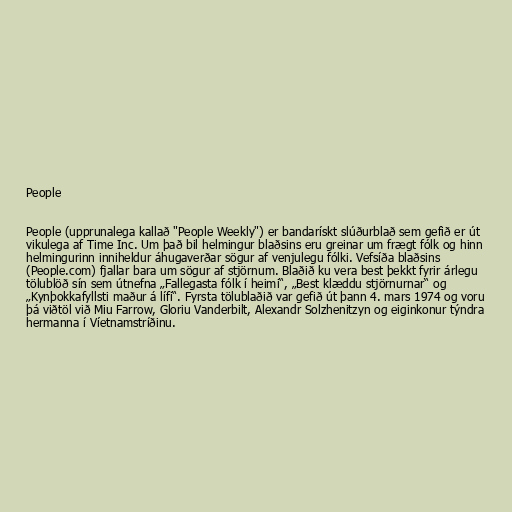
People

People (upprunalega kallað "People Weekly") er bandarískt slúðurblað sem gefið er út
vikulega af Time Inc. Um það bil helmingur blaðsins eru greinar um frægt fólk og hinn
helmingurinn inniheldur áhugaverðar sögur af venjulegu fólki. Vefsíða blaðsins
(People.com) fjallar bara um sögur af stjörnum. Blaðið ku vera best þekkt fyrir árlegu
tölublöð sín sem útnefna „Fallegasta fólk í heimi“, „Best klæddu stjörnurnar“ og
„Kynþokkafyllsti maður á lífi“. Fyrsta tölublaðið var gefið út þann 4. mars 1974 og voru
þá viðtöl við Miu Farrow, Gloriu Vanderbilt, Alexandr Solzhenitzyn og eiginkonur týndra
hermanna í Víetnamstríðinu.